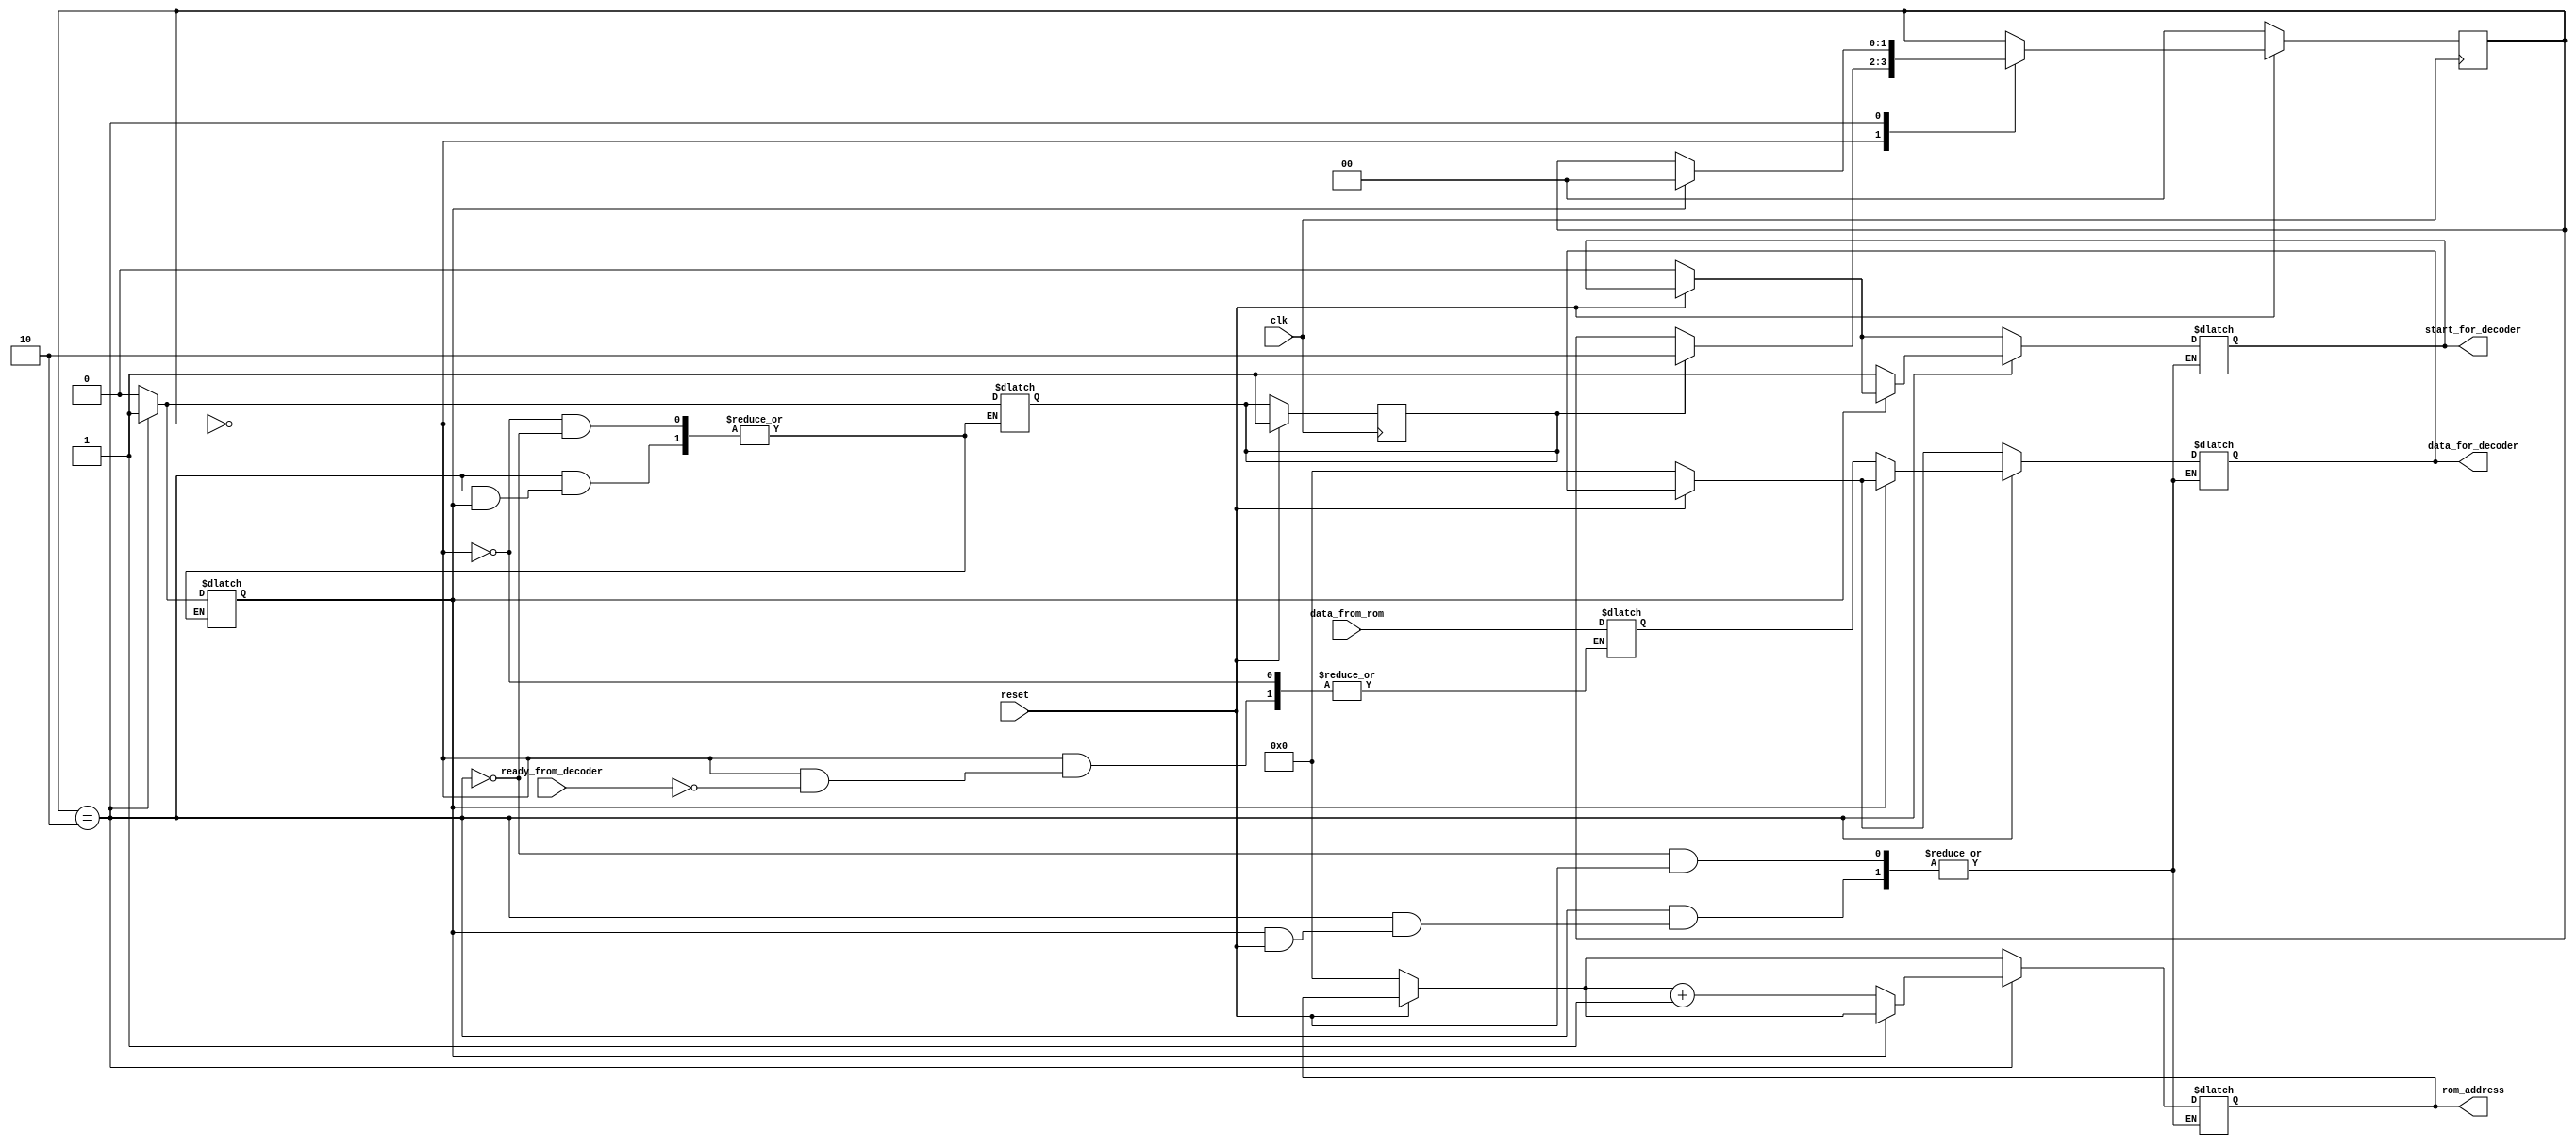
module state_machine(
	clk,
	reset,
	ready_from_decoder,
	start_for_decoder,
	data_from_rom,
	data_for_decoder,
	rom_address
);

	parameter byte = 8;
	parameter width_in = 1 * byte;
	parameter width_out = 1 * byte;
	parameter memory_size = 8;

	parameter READ_OPCODE = 2'b00;
	parameter READ_OPERAND = 2'b01;
	parameter SEND = 2'b10;

	input clk;
	input reset;
	input ready_from_decoder;
	output reg start_for_decoder;
	input [width_in - 1:0] data_from_rom;
	output reg [width_out - 1:0] data_for_decoder;
	output reg [memory_size - 1:0] rom_address;

	reg [1:0] state;
	reg [1:0] next_state;

	reg [width_out - 1:0] data;
	reg read_opcode;
	reg send;

	always @(posedge clk)
	begin
		if (!reset)
		begin
			state <= READ_OPCODE;
		end
		else
		begin
			state <= next_state;
			read_opcode = 1;
		end
	end

	always @(*)
	begin
		next_state = state;
		case (state)
			READ_OPCODE:
			begin
				if (read_opcode)
					next_state = SEND;
			end
			SEND:
			begin
				if (send)
					next_state = READ_OPCODE;
			end
		endcase
	end

	always @(*)
	begin
        if (!reset)
        begin
			rom_address = 0;
			start_for_decoder = 0;
			data_for_decoder = 0;
        end

		case (state)
			READ_OPCODE:
			begin
				read_opcode = 0;
				send = 0;
				if (ready_from_decoder)
				begin
					data = data_from_rom;
				end
			end
			SEND:
			begin
				if (send == 0)
				begin
					read_opcode = 1;
					start_for_decoder = 1;
					data_for_decoder = data;
					send = 1;
					rom_address = rom_address + 1;
				end
			end
		endcase
	end

endmodule